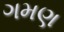
ગમણ